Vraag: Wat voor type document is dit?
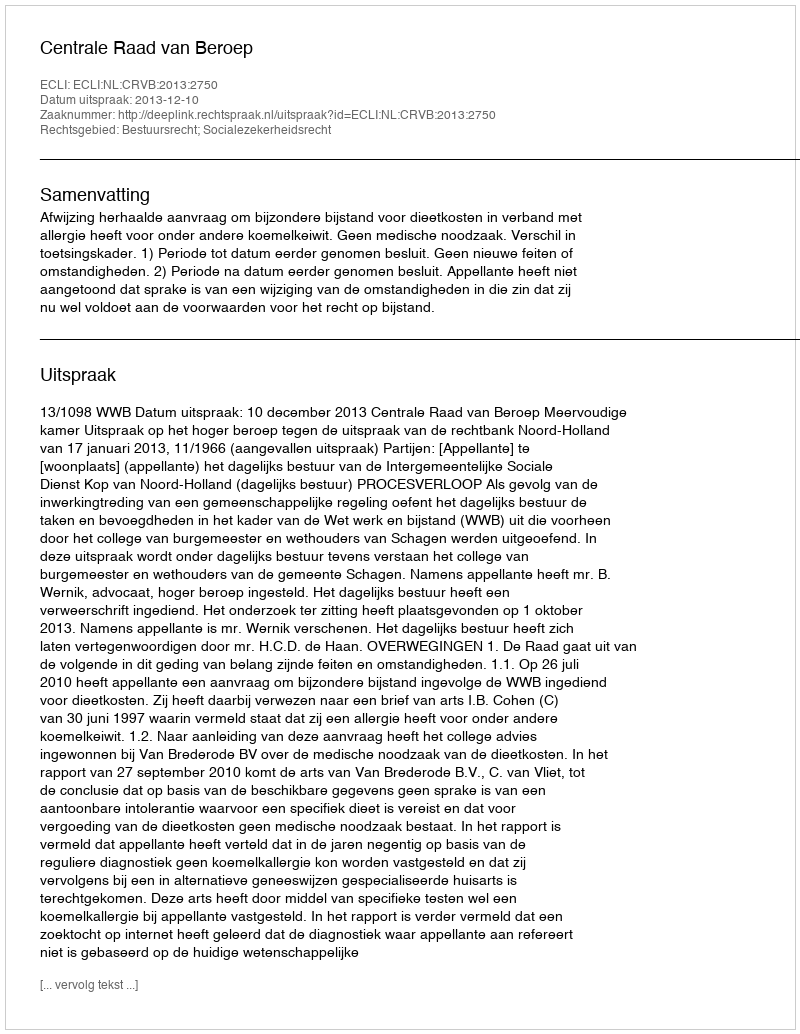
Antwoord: Uitspraak